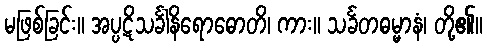
မဖြစ်ခြင်း။ အပ္ပဋိသင်္ခါနိရောဓောတိ၊ ကား။ သင်္ခတဓမ္မာနံ၊ တို့၏။